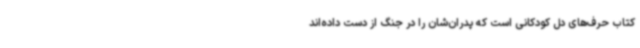
کتاب حرف‌های دل کودکانی است که پدران‌شان را در جنگ از دست داده‌اند